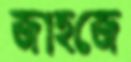
জাহজে